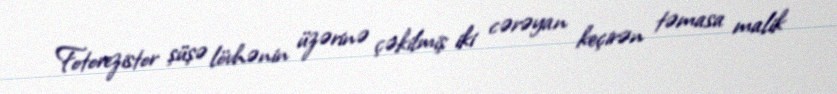
Fotorezistor şüşə lövhənin üzərinə çəkilmiş iki cərəyan keçirən təmasa malik